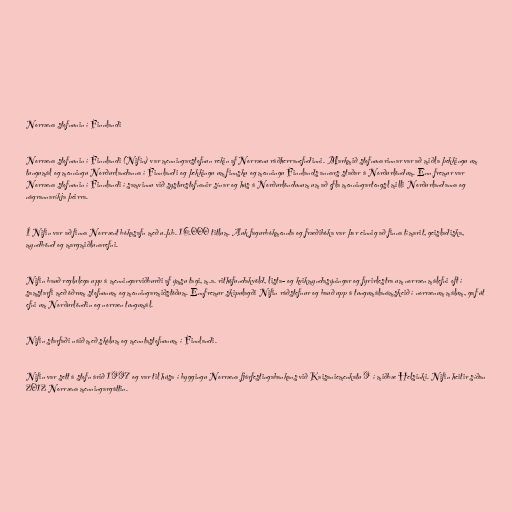
Norræna stofnunin í Finnlandi

Norræna stofnunin í Finnlandi (Nifin) var menningarstofnun rekin af Norrænu ráðherranefndinni. Markmið stofnunarinnar var að miðla þekkingu um
tungumál og menningu Norðurlandanna í Finnlandi og þekkingu um finnsku og menningu Finnlands annars staðar á Norðurlöndum. Enn fremur var
Norræna stofnunin í Finnlandi í samvinnu við systurstofnanir sínar og hús á Norðurlöndunum um að efla menningartengsl milli Norðurlandanna og
nágrannaríkja þeirra.

Í Nifin var að finna Norrænt bókasafn með u.þ.b. 16.000 titlum. Auk fagurbókmennta og fræðibóka var þar einnig að finna tímarit, geisladiska,
myndbönd og margmiðlunarefni.

Nifin bauð reglulega upp á menningarviðburði af ýmsu tagi, m.a. rithöfundakvöld, lista- og kvikmyndasýningar og fyrirlestra um norræn málefni oft í
samstarfi með öðrum stofnunum og menningarmiðstöðum. Ennfremur skipulagði Nifin ráðstefnur og bauð upp á tungumálanámskeið í norrænum málum, gaf út
efni um Norðurlöndin og norræn tungumál.

Nifin starfaði náið með skólum og menntastofnunum í Finnlandi.

Nifin var sett á stofn árið 1997 og var til húsa í byggingu Norræna fjárfestingabankans við Kaisaniemenkatu 9 í miðbæ Helsinki. Nifin heitir síðan
2012 Norræna menningargáttin.